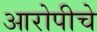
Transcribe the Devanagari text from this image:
आरोपीचे